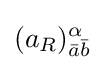
(a_{R})_{{\bar {a}}{\bar {b}}}^{\alpha }